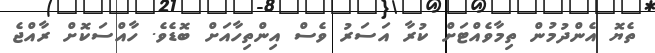
ތެޔޮ އެންދުމުން ތިމާވެއްޓަށް ކުރާ އަސަރު ވެސް އިންތިހާއަށް ބޮޑެވެ. ހާއްސަކޮށް ރާއްޖެ